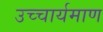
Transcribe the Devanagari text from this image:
उच्चार्यमाण